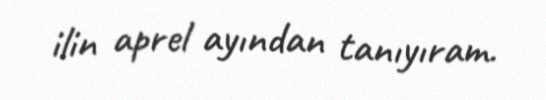
ilin aprel ayından tanıyıram.